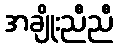
အချိုးညီညီ